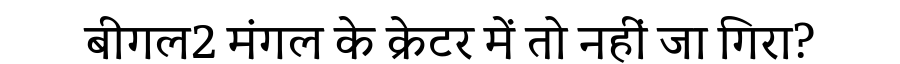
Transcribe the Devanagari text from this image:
बीगल2 मंगल के क्रेटर में तो नहीं जा गिरा?